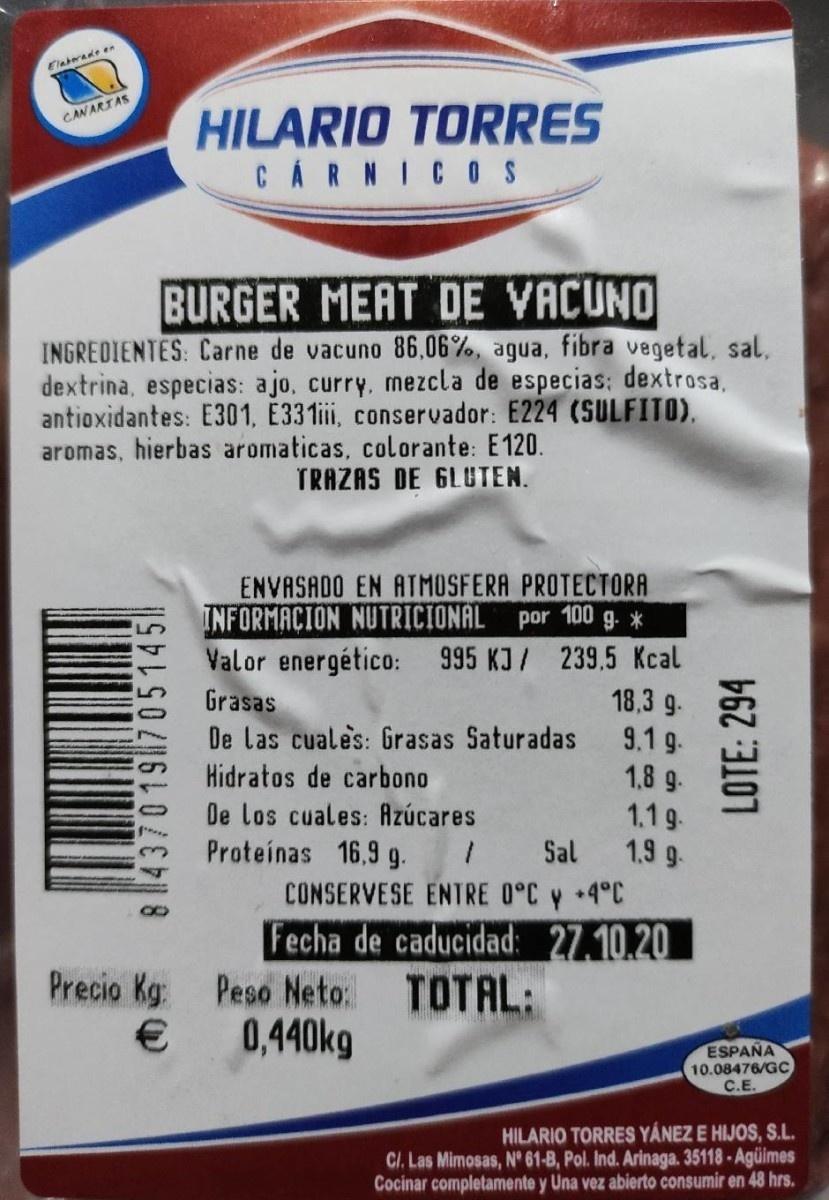
Elaterade en
HILARIO TORRES CARNICO S
CAN ARIAS
BURGER MEAT DE VACUNO
INGREDIENTES: Carne de vacuno 86,06%, agua, fibra vegetal, sal, dextrina, especias: ajo, curry, mezcla de especias; dextrosa, antioxidantes: E301, E331ii, conservador: E224 (SULFITO), aromas, hierbas aromaticas, colorante: E120.
TRAZAS DE GLUTEN.
ENVASADO EN ATMOSFERA PROTECTORA por 100 g. *
INFORMACION NUTRICIONAL
Valor energético: 995 KJ/ 239,5 Kcal 18,3 g. 9.1 9. 1,8 g- 1.19 1.9 g- CONSERVESE ENTRE 0°C y +4°C Fecha de caducidad: 27.10.20
Grasas
De las cuales: Grasas Saturadas
Hidratos de carbono
De los cuales: Azúcares
Proteinas 16,9 g. Sal
Precio Kg: Peso Neto: € 0,440kg
TOTAL:
ESPAÑA 10.08476/GC C.E.
HILARIO TORRES YÁNEZ E HIJOS, S.L. CI. Las Mimosas, N° 61-B, Pol. Ind. Arinaga. 35118-Agüimes Cocinar completamente y Una vez abierto consumir en 48 hrs.
8 4 37019705145
LOTE: 294